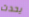
يحدث